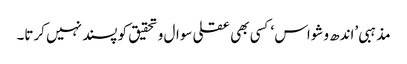
مذہبی ’اندھ وشواس ‘کسی بھی عقلی سوال و تحقیق کو پسند نہیں کرتا۔